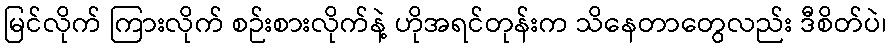
မြင်လိုက် ကြားလိုက် စဉ်းစားလိုက်နဲ့ ဟိုအရင်တုန်းက သိနေတာတွေလည်း ဒီစိတ်ပဲ၊